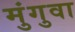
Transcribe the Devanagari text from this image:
मुंगुवा